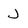
Character: J